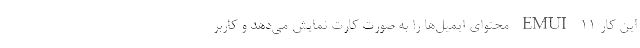
این کار EMUI 11 محتوای ایمیل‌ها را به صورت کارت نمایش می‌دهد و کاربر